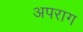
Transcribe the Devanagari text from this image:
अपराग